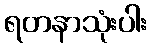
ရတနာသုံးပါး